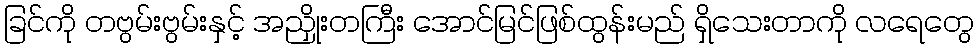
ခြင်ကို တဗွမ်းဗွမ်းနှင့် အညှိုးတကြီး အောင်မြင်ဖြစ်ထွန်းမည် ရှိသေးတာကို လရေတွေ